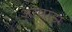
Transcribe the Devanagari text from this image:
अरलांडा